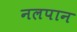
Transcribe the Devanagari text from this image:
नलपान